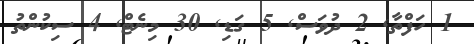
1 ހަފްތާ